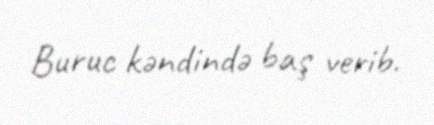
Buruc kəndində baş verib.